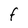
Character: f